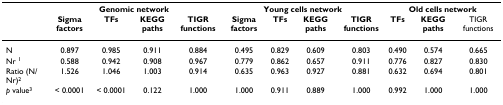
<table><thead><tr><td></td><td colspan="4"><b>Genomic network</b></td><td colspan="4"><b>Young cells network</b></td><td colspan="3"><b>Old cells network</b></td></tr><tr><td></td><td><b>Sigma factors</b></td><td><b>TFs</b></td><td><b>KEGG paths</b></td><td><b>TIGR functions</b></td><td><b>Sigma factors</b></td><td><b>TFs</b></td><td><b>KEGG paths</b></td><td><b>TIGR functions</b></td><td><b>TFs</b></td><td><b>KEGG paths</b></td><td><b>TIGR functions</b></td></tr></thead><tbody><tr><td>N</td><td>0.897</td><td>0.985</td><td>0.911</td><td>0.884</td><td>0.495</td><td>0.829</td><td>0.609</td><td>0.803</td><td>0.490</td><td>0.574</td><td>0.665</td></tr><tr><td>Nr <sup>1</sup></td><td>0.588</td><td>0.942</td><td>0.908</td><td>0.967</td><td>0.779</td><td>0.862</td><td>0.657</td><td>0.911</td><td>0.776</td><td>0.827</td><td>0.830</td></tr><tr><td>Ratio (N/Nr)<sup>2</sup></td><td>1.526</td><td>1.046</td><td>1.003</td><td>0.914</td><td>0.635</td><td>0.963</td><td>0.927</td><td>0.881</td><td>0.632</td><td>0.694</td><td>0.801</td></tr><tr><td><i>p </i>value<sup>3</sup></td><td>&lt; 0.0001</td><td>&lt; 0.0001</td><td>0.122</td><td>1.000</td><td>1.000</td><td>0.911</td><td>0.889</td><td>1.000</td><td>0.992</td><td>1.000</td><td>1.000</td></tr></tbody></table>